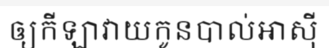
ឲ្យកីឡាវាយកូនបាល់អាស៊ី